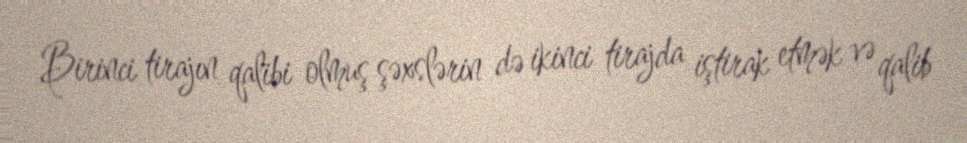
Birinci tirajın qalibi olmuş şəxslərin də ikinci tirajda iştirak etmək və qalib